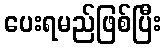
ပေးရမည်ဖြစ်ပြီး